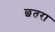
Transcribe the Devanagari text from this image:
छतरा